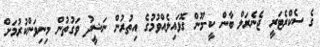
ގެ ސެކްރެޓަރީ ޖެނެރަލް ބާން ކީ-މޫން ގޮވައިލެއްވުމުގެ އިތުރުން ނަޝީދު ވަގުތުން މިނިވަންކުރުމަށް